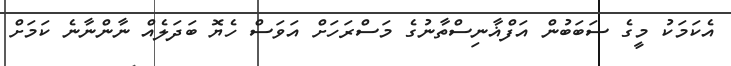
އެކަމަކު މީގެ ސަބަބުން އަފްޣާނިސްތާނުގެ މަސްރަހަށް އަވަސް ހެޔޮ ބަދަލެއް ނާންނާނެ ކަމަށް